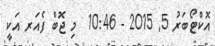
އޮކްޓޯބަރު 5